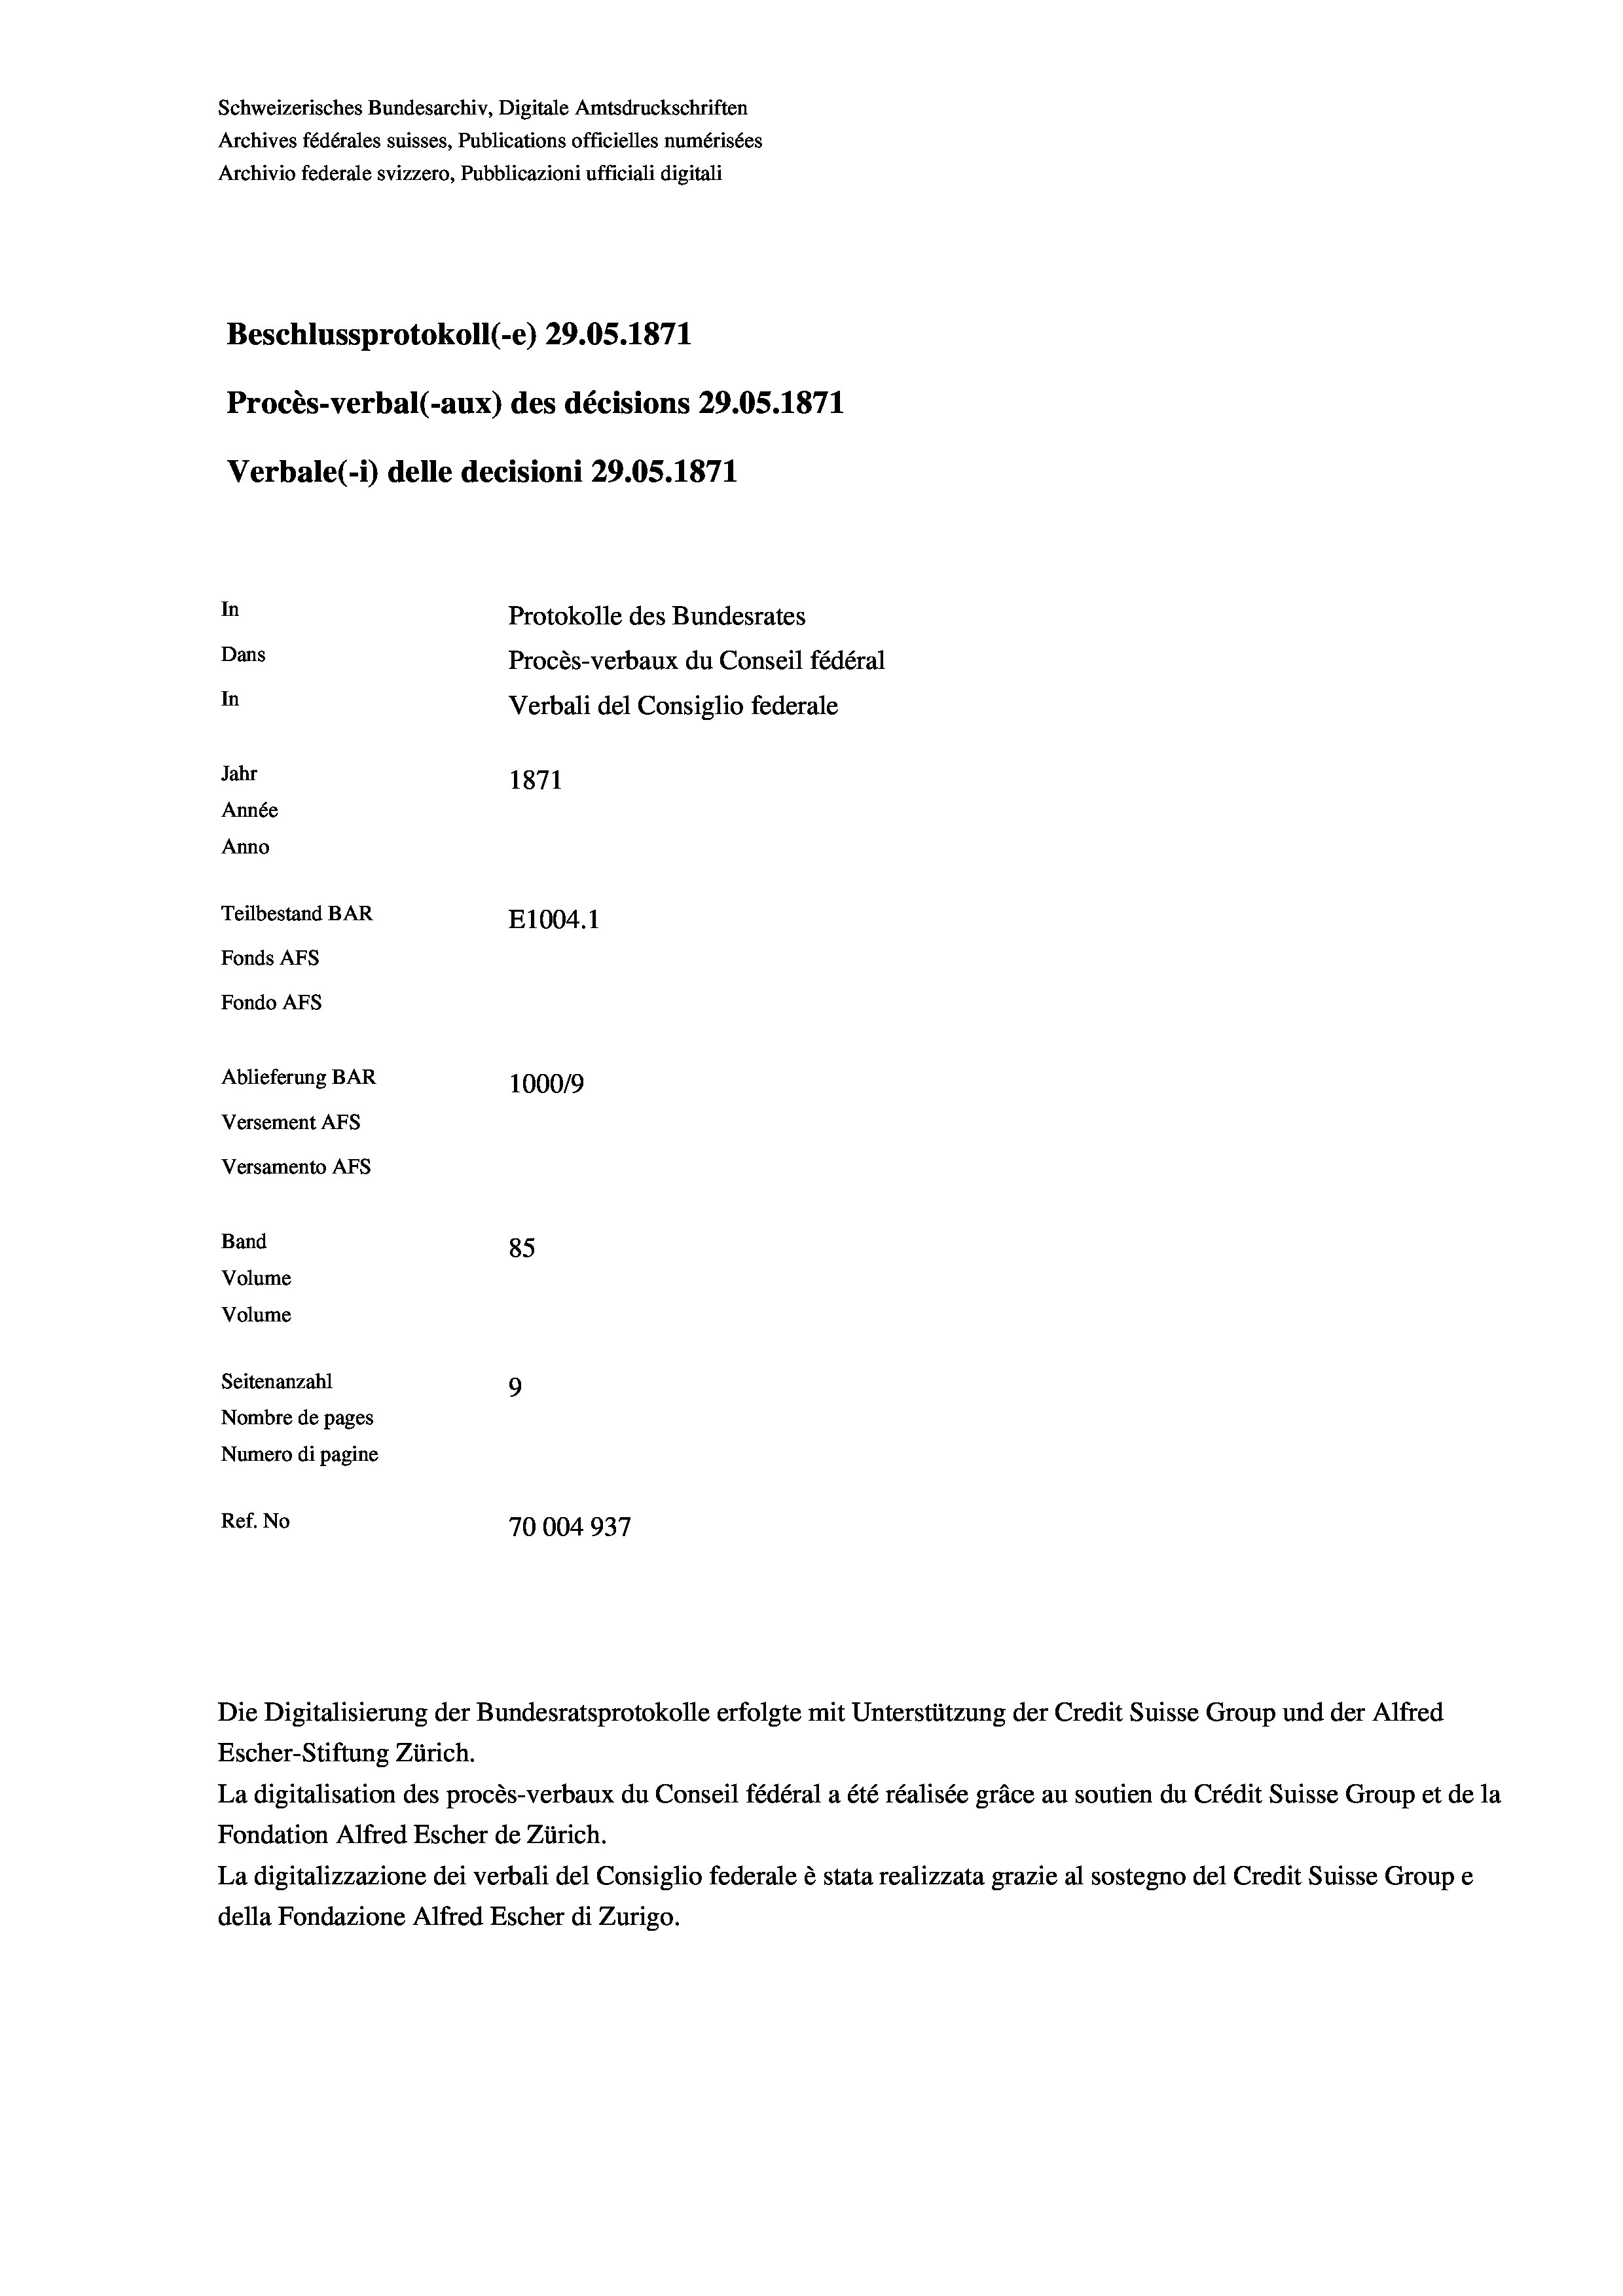
Schweizerisches Bundesarchiv, Digitale Amtsdruckschriften
Archives fédérales suisses, Publications officielles numérisées
Archivio federale svizzero, Pubblicazioni ufficiali digitali
Beschlussprotokoll (-e) 29.05. 1871
Procès-verbal (-aux) des décisions 29.05. 1871
Verbale(-*) delle decisioni 29.05. 1871
In
Protokolle des Bundesrates
Dans
Procès-verbaux du Conseil fédéral
In
Verbali del Consiglio federale
Jahr
1871
Année
Anno
Teilbestand BAR
E1004. 1
Fonds AFs
Fondo AFs
Ablieferung BAR
100019
Versement AFS
Versamento Afs
Band
85

Seitenanzahl
9
Nombre de pages
Numero di pagine
Ref. No
70004937

Volume
Volume

Escher-Stiftung Zürich.
La digitalisation des procès-verbaux du Conseil fédéral a été réalisée gräce au soutien du Crédit Suisse Group et de la
Fondation Alfred Escher de Zürich.
La digitalizzazione dei verbali del Consiglio federale è stata realizzata grazie al sostegno del Credit Suisse Groupe
della Fondazione Alfred Escher di Zurigo.

Die Digitalisierung der Bundesratsprotokolle erfolgte mit Unterstützung der Credit Suisse Group und der Alfred